画像に写った文字を読んでください
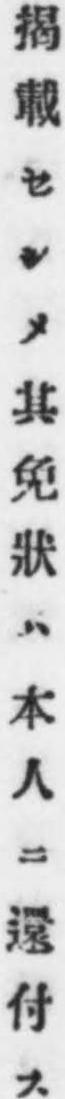
「揭載セシメ其免狀ハ本人ニ還付ス」と書いてあります